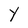
Character: Y